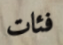
فئات